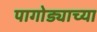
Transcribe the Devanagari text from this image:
पागोड्याच्या